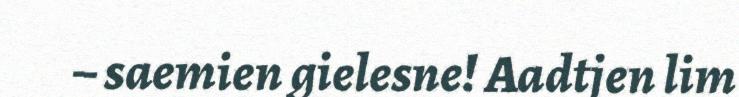
– saemien gielesne! Aadtjen lim